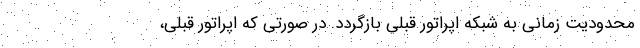
محدودیت زمانی به شبکه اپراتور قبلی بازگردد. در صورتی که اپراتور قبلی،